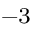
^ { - 3 }